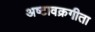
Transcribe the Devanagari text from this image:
अष्टावक्रगीता